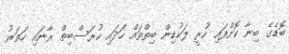
ބޮޑެގެ ބިނާ ކޮށްފައި ހުރީ ލަކުޑިން ބިތްތައް ހަދައި ހުރަސްބިތް ރާނައި ހަތަރު